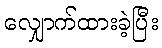
လျှောက်ထားခဲ့ပြီး